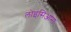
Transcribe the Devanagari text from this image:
लोइसिआना